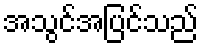
အသွင်အပြင်သည်